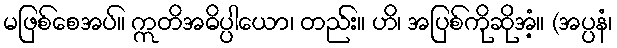
မဖြစ်စေအပ်။ ဣတိအဓိပ္ပါယော၊ တည်း။ ဟိ၊ အပြစ်ကိုဆိုအံ့။ (အပ္ပနံ၊